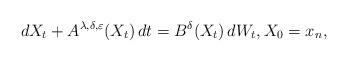
LaTeX: \begin{align*}dX_{t}+A^{\lambda,\delta,\varepsilon}(X_{t})\,dt=B^{\delta}(X_{t})\,dW_{t},X_{0}=x_{n},\end{align*}